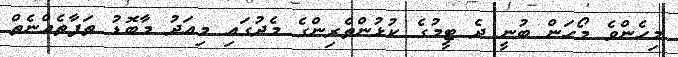
މިހެންވެ މޯހަން ބުނީ ދެ ޓީމުގެ ކުޅުންތެރިންގެ މެދުގައި މިއަދު މާބޮޑު ތަފާތެއްނެތް